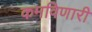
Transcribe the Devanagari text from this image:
कमविणारी